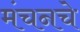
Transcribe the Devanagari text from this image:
मंचनचे